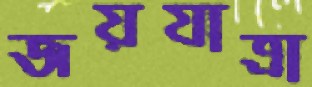
জয়যাত্রা